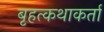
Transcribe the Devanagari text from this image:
बृहत्कथाकर्ता